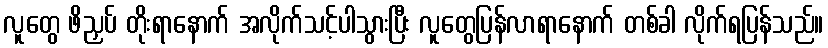
လူတွေ ဖိညှပ် တိုးရာနောက် အလိုက်သင့်ပါသွားပြီး လူတွေပြန်လာရာနောက် တစ်ခါ လိုက်ရပြန်သည်။